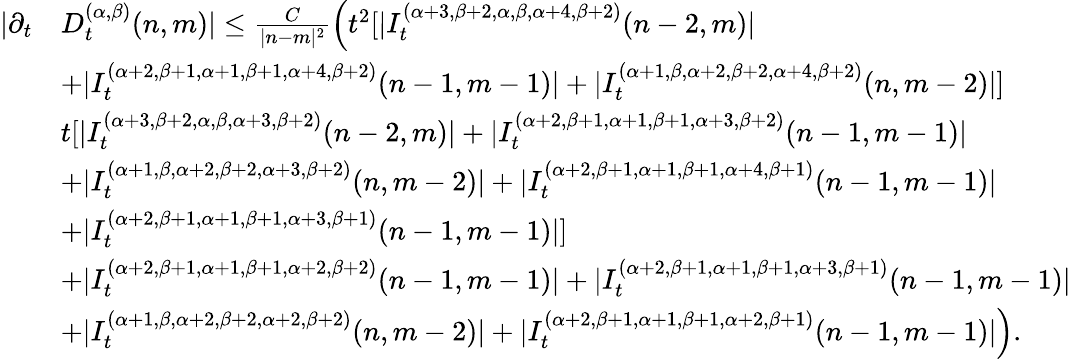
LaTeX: \begin{array}{rl}{|\partial_{t}}&{D_{t}^{(\alpha,\beta)}(n,m)|\le\frac{C}{|n-m|^{2}}\Big(t^{2}[|I_{t}^{(\alpha+3,\beta+2,\alpha,\beta,\alpha+4,\beta+2)}{(n-2,m)}|}\\ &{+|I_{t}^{(\alpha+2,\beta+1,\alpha+1,\beta+1,\alpha+4,\beta+2)}{(n-1,m-1)}|+|I_{t}^{(\alpha{+1},\beta,\alpha+2,\beta+2,\alpha+4,\beta+2)}{(n,m-2)}|]}\\ &{t[|I_{t}^{(\alpha+3,\beta+2,\alpha,\beta,\alpha+3,\beta+2)}{(n-2,m)}|+|I_{t}^{(\alpha+2,\beta+1,\alpha+1,\beta+1,\alpha+3,\beta+2)}{(n-1,m-1)}|}\\ &{+|I_{t}^{(\alpha+1,\beta,\alpha+2,\beta+2,\alpha+3,\beta+2)}{(n,m-2)}|+|I_{t}^{(\alpha+2,\beta+1,\alpha+1,\beta+1,\alpha+4,\beta+1)}{(n-1,m-1)}|}\\ &{+|I_{t}^{(\alpha+2,\beta+1,\alpha+1,\beta+1,\alpha+3,\beta+1)}{(n-1,m-1)}|]}\\ &{+|I_{t}^{(\alpha+2,\beta+1,\alpha+1,\beta+1,\alpha+2,\beta+2)}{(n-1,m-1)}|+|I_{t}^{(\alpha+2,\beta+1,\alpha+1,\beta+1,\alpha+3,\beta+1)}{(n-1,m-1)}|}\\ &{+|I_{t}^{(\alpha+1,\beta,\alpha+2,\beta+2,\alpha+2,\beta+2)}{(n,m-2)}|+|I_{t}^{(\alpha+2,\beta+1,\alpha+1,\beta+1,\alpha+2,\beta+1)}{(n-1,m-1)}|\Big).}\end{array}